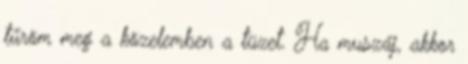
tűröm meg a közelemben a tüzet. Ha muszáj, akkor